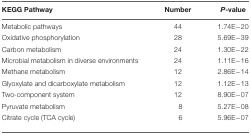
<table><thead><tr><td><b>KEGG Pathway</b></td><td><b>Number</b></td><td><b><i>P</i>-value</b></td></tr></thead><tbody><tr><td>Metabolic pathways</td><td>44</td><td>1.74E-20</td></tr><tr><td>Oxidative phosphorylation</td><td>28</td><td>5.69E-39</td></tr><tr><td>Carbon metabolism</td><td>24</td><td>1.30E-22</td></tr><tr><td>Microbial metabolism in diverse environments</td><td>24</td><td>1.11E-16</td></tr><tr><td>Methane metabolism</td><td>12</td><td>2.86E-14</td></tr><tr><td>Glyoxylate and dicarboxylate metabolism</td><td>12</td><td>1.12E-13</td></tr><tr><td>Two-component system</td><td>12</td><td>8.90E-07</td></tr><tr><td>Pyruvate metabolism</td><td>8</td><td>5.27E-08</td></tr><tr><td>Citrate cycle (TCA cycle)</td><td>6</td><td>5.96E-07</td></tr></tbody></table>